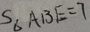
S \Delta A B E = 7